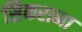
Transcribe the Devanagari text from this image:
सिकराना